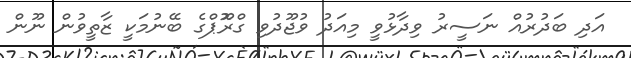
އަދި ބަދުރުއް ނަސީރު ވިދާޅުވީ މިއަދު ވުޖޫދުވި ގްރޫޮޕްގެ ބޭނުމަކީ ޒާތީވުން ނޫން